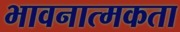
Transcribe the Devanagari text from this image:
भावनात्मकता